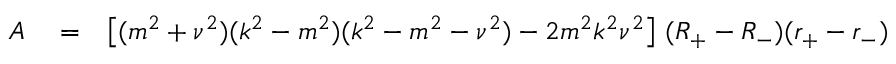
\begin{array} { r l r } { A } & { { } = } & { \left[ ( m ^ { 2 } + \nu ^ { 2 } ) ( k ^ { 2 } - m ^ { 2 } ) ( k ^ { 2 } - m ^ { 2 } - \nu ^ { 2 } ) - 2 m ^ { 2 } k ^ { 2 } \nu ^ { 2 } \right] \, ( R _ { + } - R _ { - } ) ( r _ { + } - r _ { - } ) } \end{array}